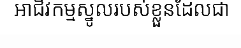
អាជីវកម្មស្នូលរបស់ខ្លួនដែលជា